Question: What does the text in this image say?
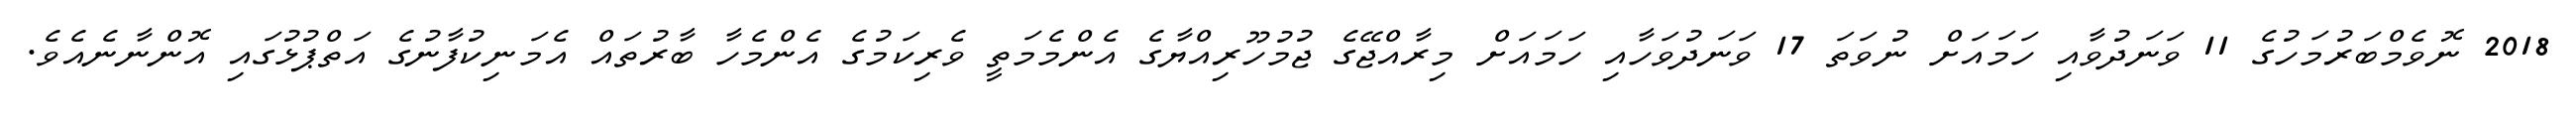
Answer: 2018 ނޮވެމްބަރުމަހުގެ 11 ވަނަދުވާއި ހަމައަށް ނުވަތަ 17 ވަނަދުވަހާއި ހަމައަށް މިރާއްޖޭގެ ޖުމުހޫރިއްޔާގެ އެންމެމަތީ ވެރިކަމުގެ އެންމެހާ ބާރުތައް އެމަނިކުފާނުގެ އަތްޕުޅުގައި އޮންނާނެއެވެ.